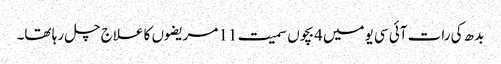
بدھ کی رات آئی سی یومیں 4بچوں سمیت 11 مریضوں کا علاج چل رہا تھا۔